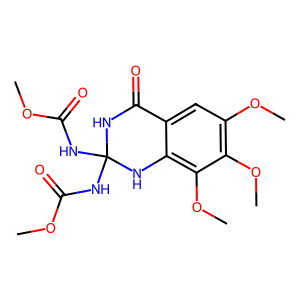
SMILES: COC(=O)NC1(NC(=O)OC)NC(=O)c2cc(OC)c(OC)c(OC)c2N1
Inhibits HIV replication: No